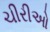
ચીરીઓ